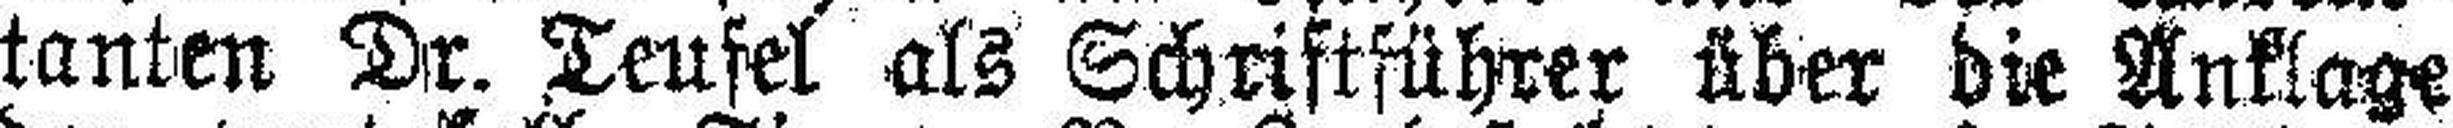
tanten Dr. Teufel als Schriftführer über die Anklage